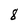
Character: 8